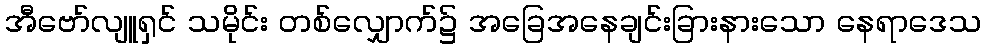
အီဗော်လျူရှင် သမိုင်း တစ်လျှောက်၌ အခြေအနေချင်းခြားနားသော နေရာဒေသ